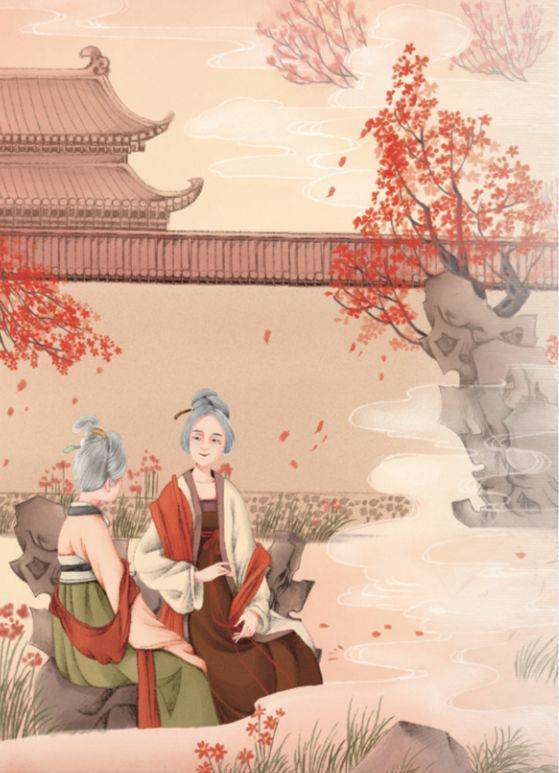
寥落古行宫，宫花寂寞红。